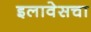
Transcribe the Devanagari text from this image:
इलावेसचा